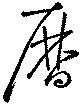
暦